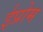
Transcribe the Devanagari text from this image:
ईप्रोम